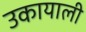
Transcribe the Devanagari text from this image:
उकायाली